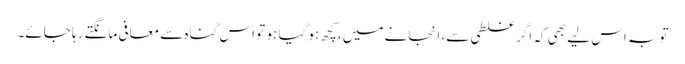
توبہ اس لیے بھی کہ اگر غلطی سے، انجانے میں، کچھ ہو گیا ہو تو اس گناہ سے معافی مانگتے رہا جائے۔